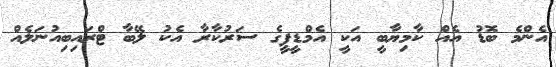
އެންމެ ބޮޑު އެއް ކާމިޔާބީ އަކީ އެމްޑީޕީގެ ސަރުކާރާ އެކު ލޭބާ ޓްރައިބިއުނަލެއް